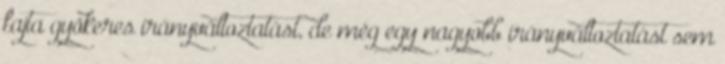
fajta gyökeres irányváltoztatást, de még egy nagyobb irányváltoztatást sem